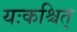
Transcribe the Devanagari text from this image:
यःकश्चित्